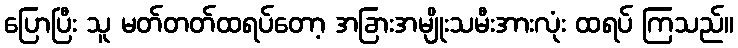
ပြောပြီး သူ မတ်တတ်ထရပ်တော့ အခြားအမျိုးသမီးအားလုံး ထရပ် ကြသည်။